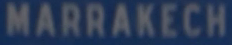
MARRAKECH